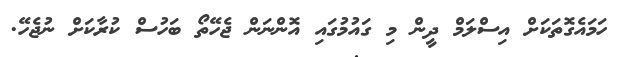
ހަމައެގޮތަކަށް އިސްލަމް ދީން މި ގައުމުގައި އޮންނަން ޖެހޭތޯ ބަހުސް ކުރާކަށް ނުޖެހޭ.